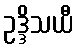
ဥဒ္ဒိသယီ